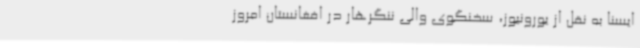
ایسنا به نقل از یورونیوز، سخنگوی والی ننگرهار در افغانستان امروز